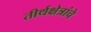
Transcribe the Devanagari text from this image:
तीर्थक्षेत्रांचे